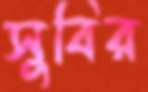
সুবির